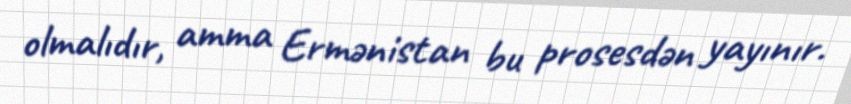
olmalıdır, amma Ermənistan bu prosesdən yayınır.